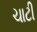
ચાટી